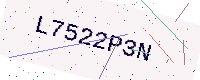
Text: L7522P3N